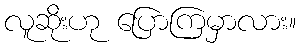
လူဆိုးဟု ပြောကြမှာလား။